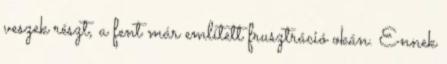
veszek részt, a fent már említett frusztráció okán. Ennek